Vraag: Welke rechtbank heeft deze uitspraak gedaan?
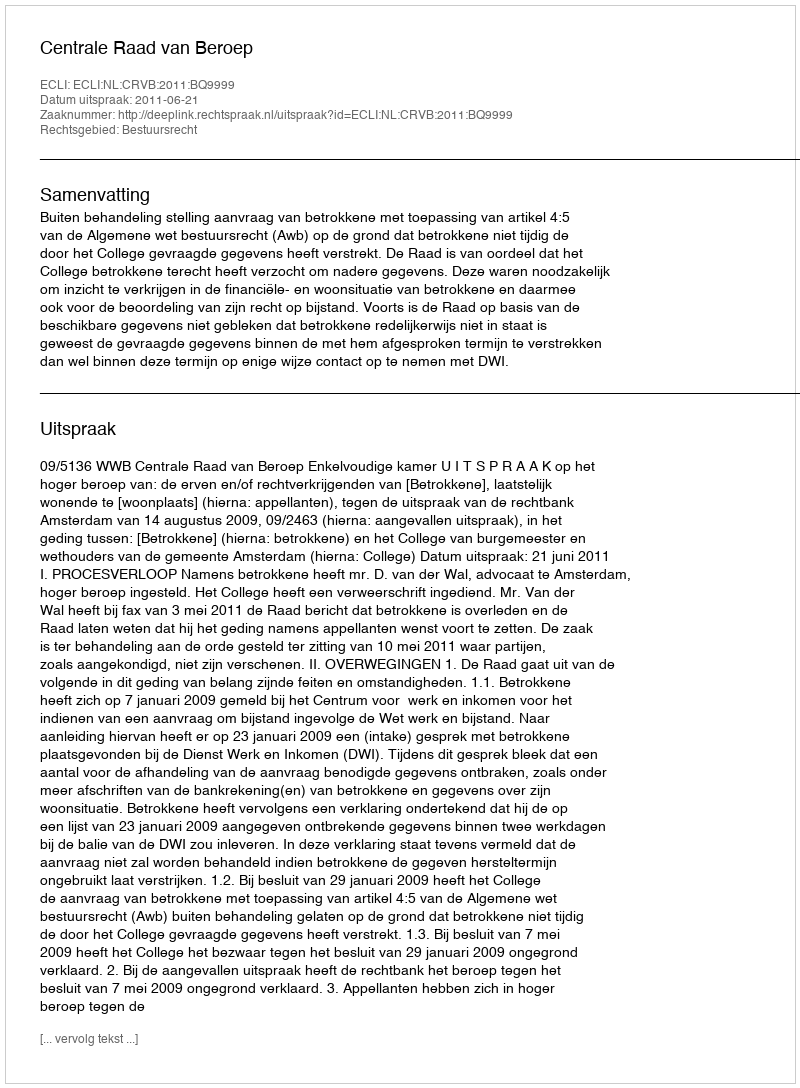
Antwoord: Centrale Raad van Beroep